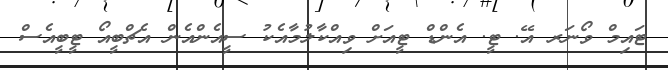
ޓައިމް ވޯނަރ އޭ. ޓީ. އެންޑް ޓީއަށް ވިއްކާލުމާއެކު ސީއެންއެން އެޗްބީއޯ ޓީބީއެސް